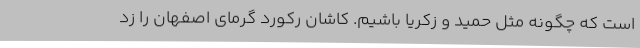
است که چگونه مثل حمید و زکریا باشیم. کاشان رکورد گرمای اصفهان را زد